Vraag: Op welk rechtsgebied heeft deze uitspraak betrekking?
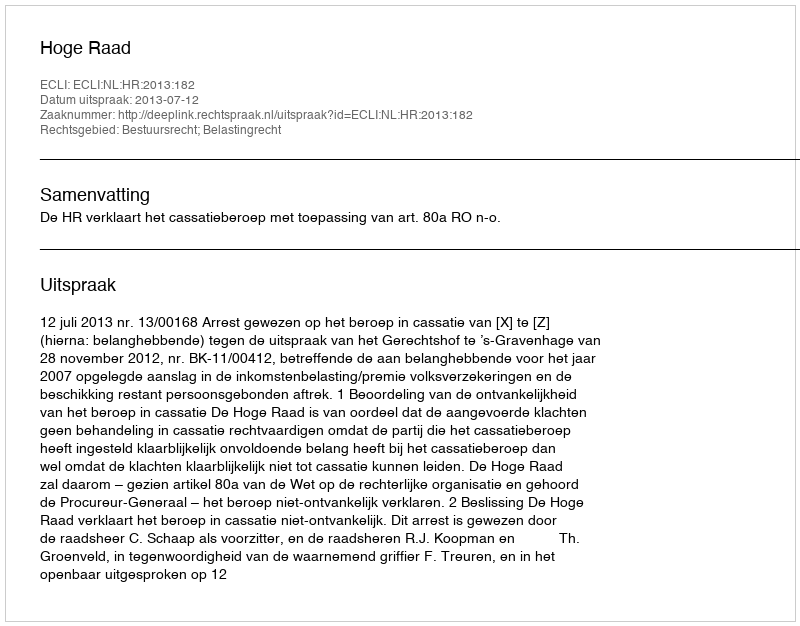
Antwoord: Bestuursrecht; Belastingrecht